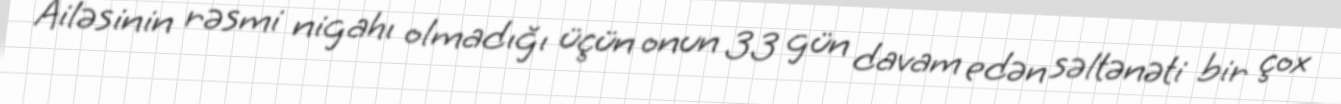
Ailəsinin rəsmi nigahı olmadığı üçün onun 33 gün davam edən səltənəti bir çox